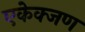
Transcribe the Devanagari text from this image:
एकेक्जण